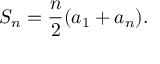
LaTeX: S _ { n } = { \frac { n } { 2 } } ( a _ { 1 } + a _ { n } ) .